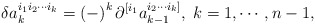
\begin{align*}\delta a_{k}^{i_{1}i_{2}\cdots i_{k}}=\left( -\right) ^{k}\partial^{[i_{1}}a_{k-1}^{i_{2}\cdots i_{k}]},\;k=1,\cdots ,n-1, \end{align*}